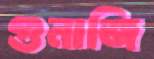
গুনাজি